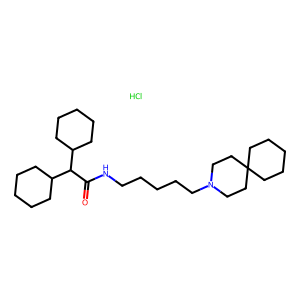
SMILES: Cl.O=C(NCCCCCN1CCC2(CCCCC2)CC1)C(C1CCCCC1)C1CCCCC1
Inhibits HIV replication: No